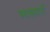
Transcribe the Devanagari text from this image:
व्यख्यानों